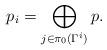
LaTeX: \begin{align*}p_i = \bigoplus_{j \in \pi_0(\Gamma^i)} p.\end{align*}